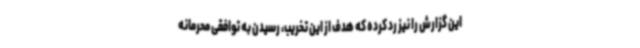
این گزارش را نیز رد کرده که هدف از این تخریب، رسیدن به توافقی محرمانه